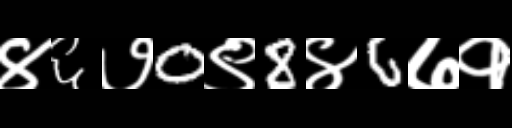
Text: ४६७0९8४6७१